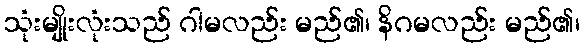
သုံးမျိုးလုံးသည် ဂါမလည်း မည်၏၊ နိဂမလည်း မည်၏၊